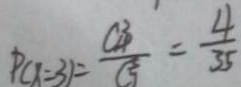
P ( x = 3 ) = \frac { C _ { 4 } ^ { 3 } } { C _ { 7 } ^ { 3 } } = \frac { 4 } { 3 5 }